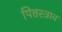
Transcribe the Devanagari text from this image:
पित्तस्त्राव